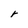
Character: r